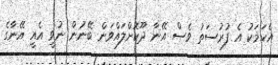
އެކަމަކު އެ ފުރުސަތު ވެސް އޭނާ ދޫކޮށްލައްވަން ބޭނުން ނުވީ އެއީ އޭނާގެ